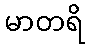
မာတရိ